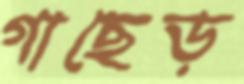
গাছেড়